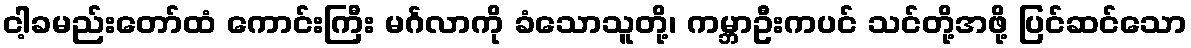
ငါ့ခမည်းတော်ထံ ကောင်းကြီး မင်္ဂလာကို ခံသောသူတို့၊ ကမ္ဘာဦးကပင် သင်တို့အဖို့ ပြင်ဆင်သော